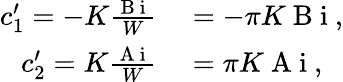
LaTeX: \begin{array}{rl}{c_{1}^{\prime}=-K\frac{\mathrm{~B~i~}}{W}}&{{}=-\pi K\mathrm{~B~i~},}\\ {c_{2}^{\prime}=K\frac{\mathrm{~A~i~}}{W}}&{{}=\pi K\mathrm{~A~i~},}\end{array}